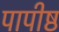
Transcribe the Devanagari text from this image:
पापीष्ठ